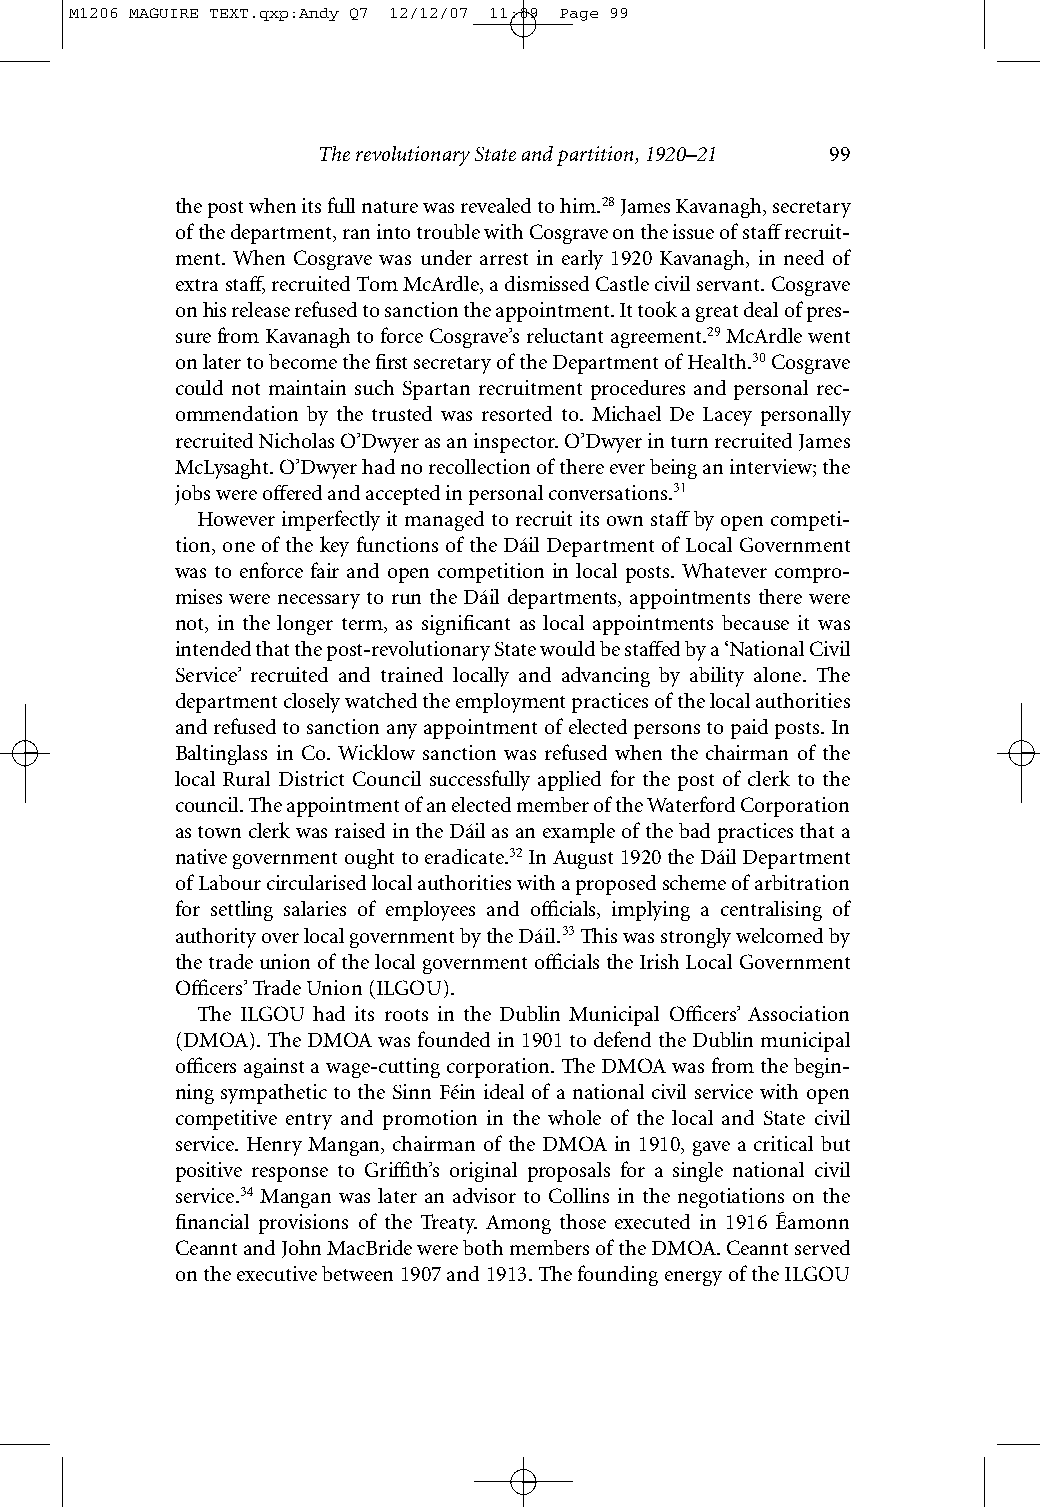
M1206 MAGUIRE TEXT.qxp:Andy Q7 12/12/07 11:09 Page 99
 The revolutionary State and partition, 1920–21 99
 the post when its full nature was revealed to him.28James Kavanagh, secretary
 of the department, ran into trouble with Cosgrave on the issue of staffrecruit-
 ment. When Cosgrave was under arrest in early 1920 Kavanagh, in need of
 extra staff, recruited Tom McArdle, a dismissed Castle civil servant. Cosgrave
 on his release refused to sanction the appointment. It took a great deal of pres-
 sure from Kavanagh to force Cosgrave’s reluctant agreement.29McArdle went
 on later to become the first secretary of the Department of Health.30Cosgrave
 could not maintain such Spartan recruitment procedures and personal rec-
 ommendation by the trusted was resorted to. Michael De Lacey personally
 recruited Nicholas O’Dwyer as an inspector. O’Dwyer in turn recruited James
 McLysaght. O’Dwyer had no recollection of there ever being an interview; the
 jobs were offered and accepted in personal conversations.31
 However imperfectly it managed to recruit its own staffby open competi-
 tion, one of the key functions of the Dáil Department of Local Government
 was to enforce fair and open competition in local posts. Whatever compro-
 mises were necessary to run the Dáil departments, appointments there were
 not, in the longer term, as significant as local appointments because it was
 intended that the post-revolutionary State would be staffed by a ‘National Civil
 Service’ recruited and trained locally and advancing by ability alone. The
 department closely watched the employment practices of the local authorities
 and refused to sanction any appointment of elected persons to paid posts. In
 Baltinglass in Co. Wicklow sanction was refused when the chairman of the
 local Rural District Council successfully applied for the post of clerk to the
 council. The appointment of an elected member of the Waterford Corporation
 as town clerk was raised in the Dáil as an example of the bad practices that a
 native government ought to eradicate.32In August 1920 the Dáil Department
 of Labour circularised local authorities with a proposed scheme of arbitration
 for settling salaries of employees and officials, implying a centralising of
 authority over local government by the Dáil.33This was strongly welcomed by
 the trade union of the local government officials the Irish Local Government
 Officers’ Trade Union (ILGOU).
 The ILGOU had its roots in the Dublin Municipal Officers’ Association
 (DMOA). The DMOA was founded in 1901 to defend the Dublin municipal
 officers against a wage-cutting corporation. The DMOA was from the begin-
 ning sympathetic to the Sinn Féin ideal of a national civil service with open
 competitive entry and promotion in the whole of the local and State civil
 service. Henry Mangan, chairman of the DMOA in 1910, gave a critical but
 positive response to Griffith’s original proposals for a single national civil
 service.34 Mangan was later an advisor to Collins in the negotiations on the
 financial provisions of the Treaty. Among those executed in 1916 Éamonn
 Ceannt and John MacBride were both members of the DMOA. Ceannt served
 on the executive between 1907 and 1913. The founding energy of the ILGOU